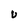
Character: U